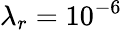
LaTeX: \lambda_{r}=10^{-6}